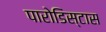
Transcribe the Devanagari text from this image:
पारोडिस्टास